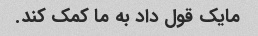
مایک قول داد به ما کمک کند.